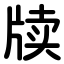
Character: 牍